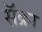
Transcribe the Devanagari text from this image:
सॅक्रा